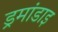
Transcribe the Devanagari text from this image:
ड्रमांडाइ